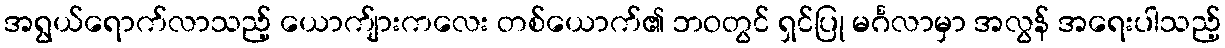
အရွယ်ရောက်လာသည့် ယောက်ျားကလေး တစ်ယောက်၏ ဘဝတွင် ရှင်ပြု မင်္ဂလာမှာ အလွန် အရေးပါသည့်